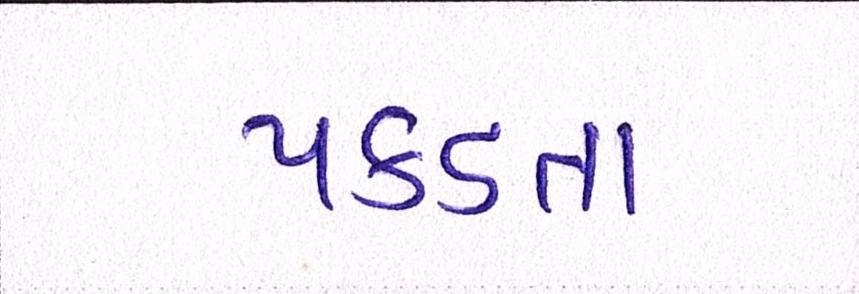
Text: પકડતા